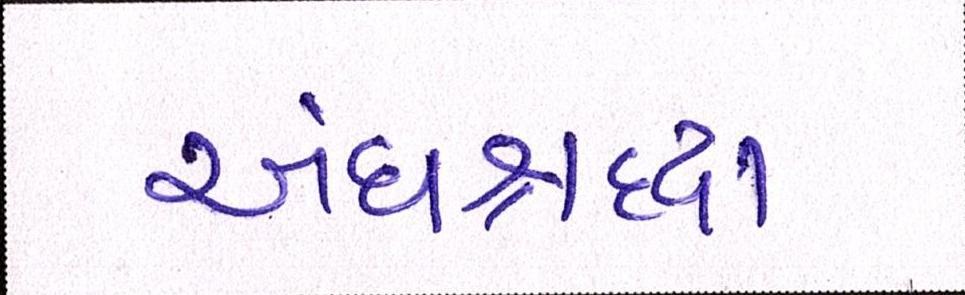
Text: અંધશ્રદ્ધા